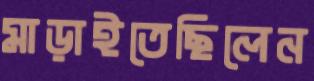
মাড়াইতেছিলেন